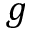
g